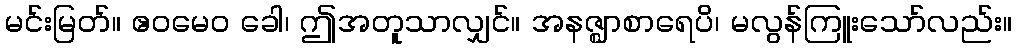
မင်းမြတ်။ ဧဝမေဝ ခေါ၊ ဤအတူသာလျှင်။ အနဇ္ဈာစာရေပိ၊ မလွန်ကြူးသော်လည်း။